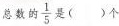
总数的\frac{1}{5}是()个